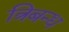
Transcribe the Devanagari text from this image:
त्रिबन्ध